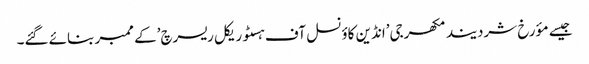
جیسے مؤرخ شردیند مکھرجی’انڈین کاؤنسل آف ہسٹوریکل ریسرچ’کے ممبر بنائے گئے۔